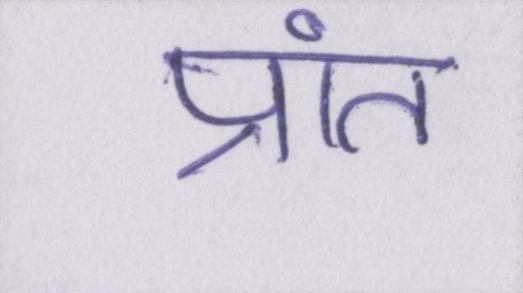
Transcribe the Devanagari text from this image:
प्रांत